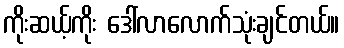
ကိုးဆယ့်ကိုး ဒေါ်လာလောက်သုံးချင်တယ်။